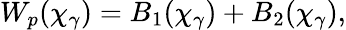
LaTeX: W_{p}(\chi_{\gamma})=B_{1}(\chi_{\gamma})+B_{2}(\chi_{\gamma}),